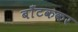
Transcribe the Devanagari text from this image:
बाँटककर